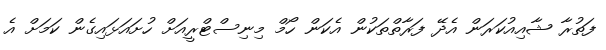
ފަތުރާ ޝާއިއުކަރަން އެދޭ ފަރާތްތަކުން އެކަން ހޯމް މިނިސްޓްރީއަށް ހުށައަޅައިގެން ކަމަށް އެ